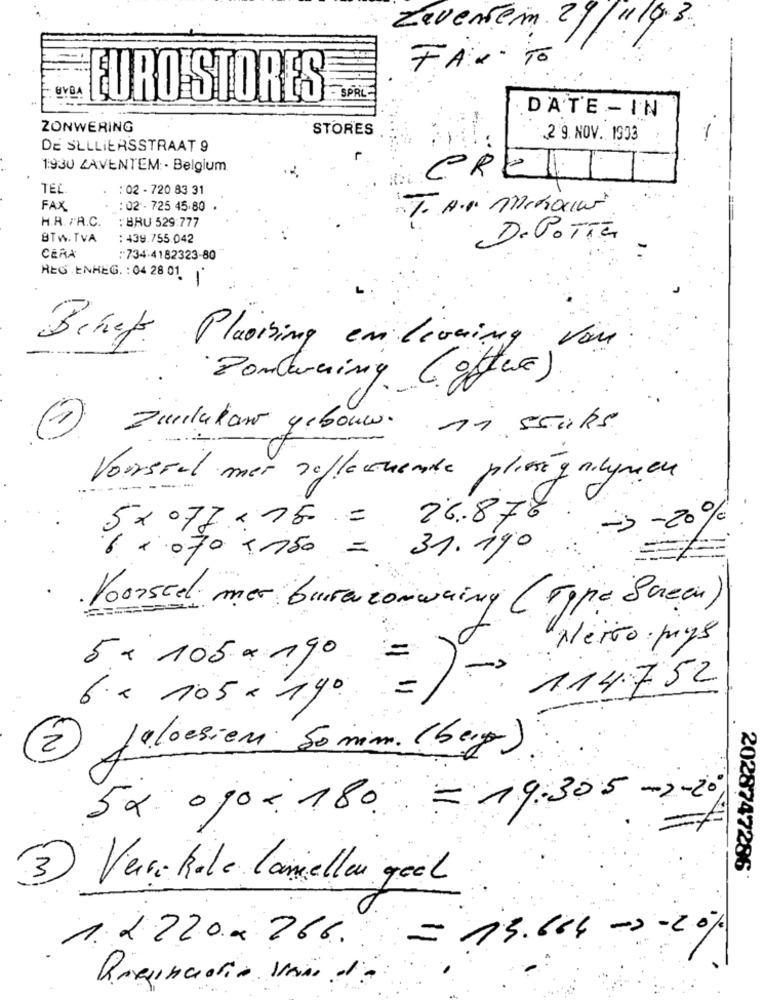
Zevenbeim 29/11/0.3.
FAX TO
BVBA
SPRL
URO STORES
DATE - IN
ZONWERING
STORES
2 9. NOV. 1903
DE SULLIERSSTRAAT 9
1930 ZAVENTEM: - Belgium
CRET
TEL
. : 02 - 720 83 31
FAX
. : 02 -725 45.80
1. A.P. Achociar
H.R. /A.C. : BRU 529:777
BTW. TVA
: 439.755.042
De POTTZ
CERA
:734-4182323-80
REG. ENREG. : 04 28 01. 1
Plaoising en livaires
Bchef
Von
Ponturning Coffee).
Zurlukan gebouw. ni stuks
Vousral mer saflachende pliesegnilymen
5x 077.75 = 26.878
-3 -20%
31. 190
Voorstel mer buraconwainy (Type Bureau)
Nervo mys
5 - 105x 190
114752
6.x 105 x 190 =
2 Jaloeziem 50 min. (beig)
5x og0 : 180 = 19.305 -2-20
2028747286
3) Verre Role lameller goal
1.2220x 266. = 13.666 -0-20%
Reginciario sono 1